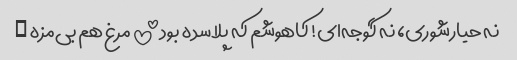
نه حیارشوری، نه گوجه‌ای! کاهوشم که پلاسده بود!!!!! مرغ هم بی‌مزه …